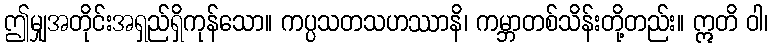
ဤမျှအတိုင်းအရှည်ရှိကုန်သော။ ကပ္ပသတသဟဿာနိ၊ ကမ္ဘာတစ်သိန်းတို့တည်း။ ဣတိ ဝါ၊